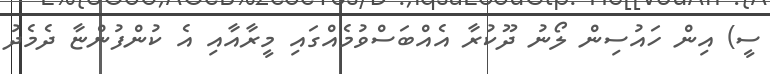
ސީ) އިން ހައުސިން ލޯނު ދޫކުރާ އެއްބަސްވުމެއްގައި މީރާއާއި އެ ކުންފުންޏާ ދެމެދު